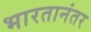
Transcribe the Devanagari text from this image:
भारतानंतर